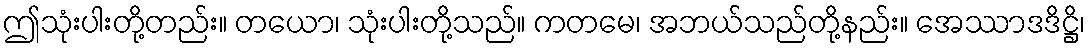
ဤသုံးပါးတို့တည်း။ တယော၊ သုံးပါးတို့သည်။ ကတမေ၊ အဘယ်သည်တို့နည်း။ အေဿာဒဒိဋ္ဌိ၊